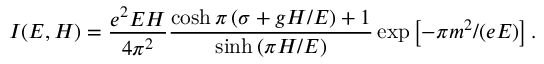
I ( E , H ) = \frac { e ^ { 2 } E H } { 4 \pi ^ { 2 } } \frac { \cosh \pi \left( \sigma + g H / E \right) + 1 } { \sinh \left( \pi H / E \right) } \exp \left[ - \pi m ^ { 2 } / ( e E ) \right] .